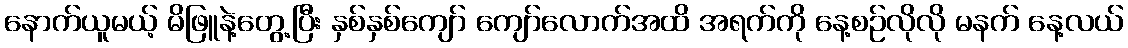
နောက်ယူမယ့် မိဖြူနဲ့တွေ့ပြီး နှစ်နှစ်ကျော် ကျော်လောက်အထိ အရက်ကို နေ့စဉ်လိုလို မနက် နေ့လယ်